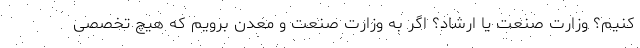
کنیم؟ وزارت صنعت یا ارشاد؟ اگر به وزارت صنعت و معدن برویم که هیچ تخصصی